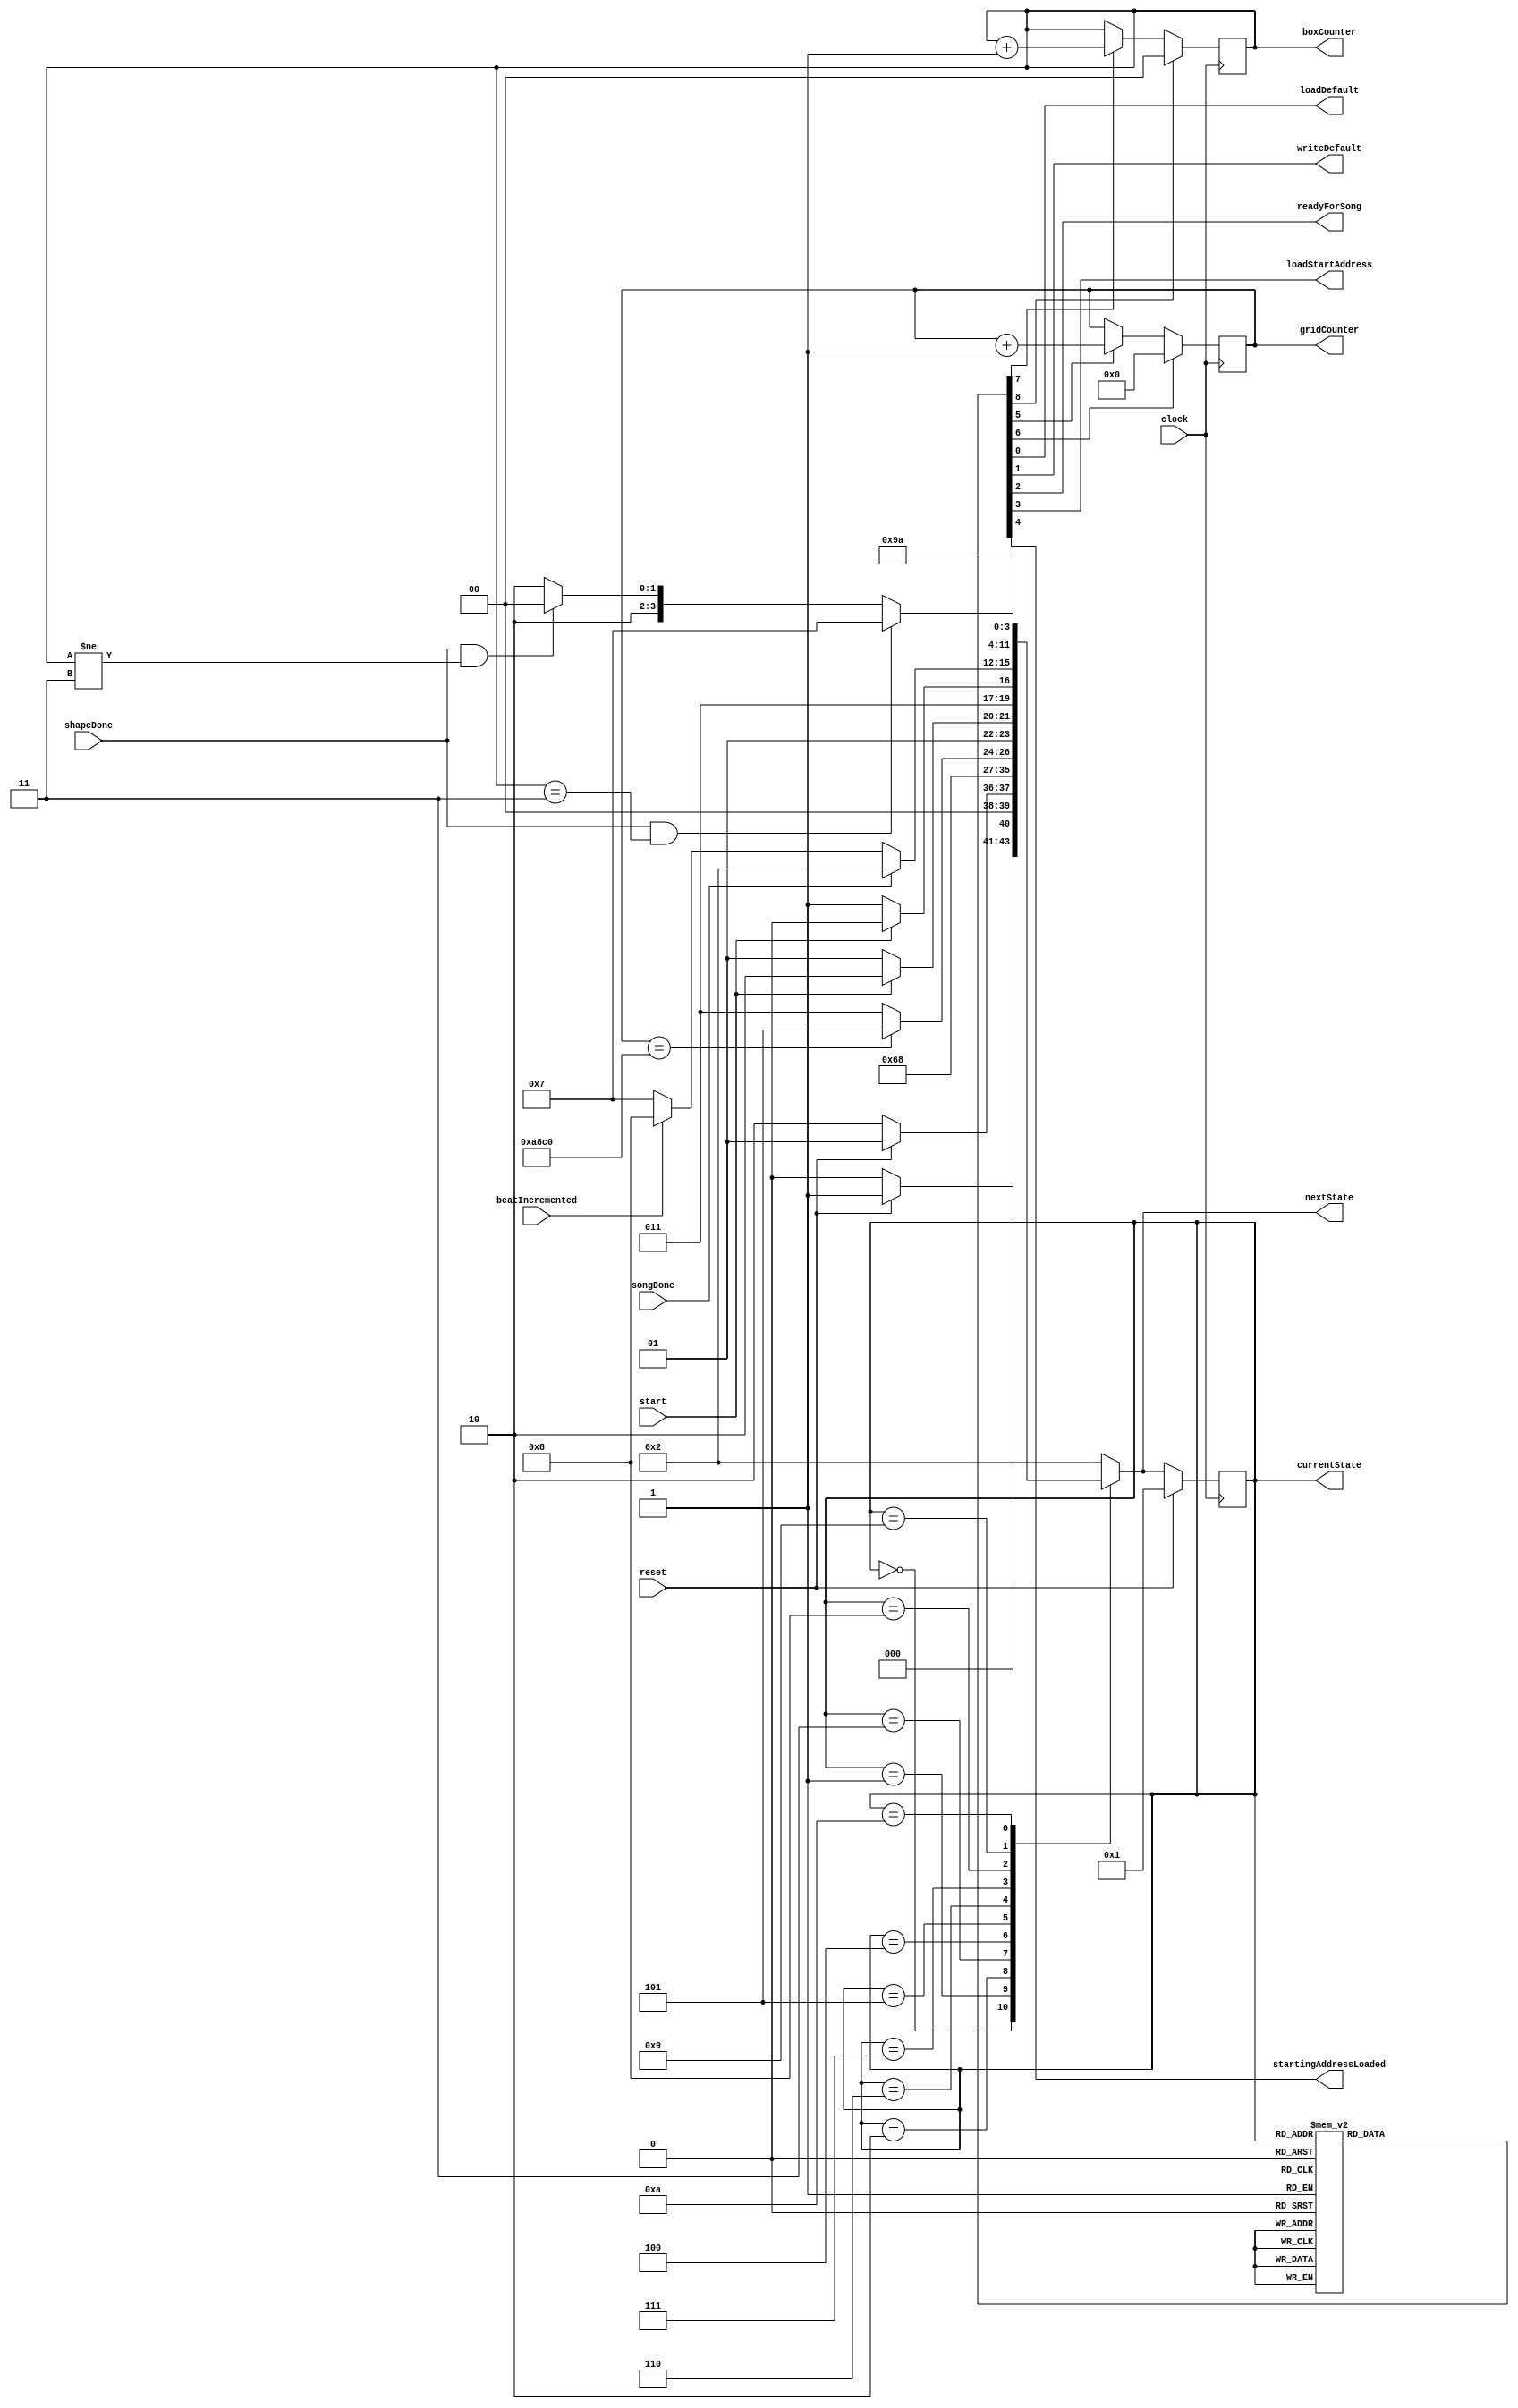
module FSM2 (clock, reset, start, beatIncremented, songDone, shapeDone, loadDefault, 
	writeDefault, readyForSong, loadStartAddress, startingAddressLoaded, gridCounter, boxCounter, currentState, nextState);

input clock;
input start;
input reset;
input beatIncremented;
input songDone;
input shapeDone;
output reg loadDefault;
output reg writeDefault;
output reg readyForSong;
output reg loadStartAddress;
output reg startingAddressLoaded;
output reg [15:0]gridCounter; //240*180 = 43200 in binary - 16 bits
output reg [1:0]boxCounter; //3 boxes - 3 in binary is 11
output reg [3:0] currentState, nextState;


//reg [3:0]currentState, nextState; //1011 = 11 in binary - 4 bits needed
reg enableGridCounter, resetGridCounter, 
	enableBoxCounter, resetBoxCounter;

localparam 	state_reset = 4'b0000,
			state_resetWait = 4'b0001,
			state_idle = 4'b0010,
			state_loadDefault = 4'b0011,
			state_writeDefault= 4'b0100,
			state_start = 4'b0101,
			state_startWait = 4'b0110,
			state_waitForSong = 4'b0111,
			state_loadBoxCoordinate = 4'b1000,
			state_drawShape = 4'b1001,
			state_waitForShape = 4'b1010;

always@(*)
	begin: state_table
	case(currentState)
		state_reset: nextState = reset ? state_resetWait : state_reset;
		state_resetWait: nextState = reset ? state_resetWait : state_idle;
		state_idle: nextState = state_loadDefault;
		state_loadDefault: nextState = state_writeDefault;
		state_writeDefault: nextState = (gridCounter == 16'd43200 /*16'd4*/) ? state_start : state_loadDefault;
		state_start: nextState = start ? state_startWait : state_start;
		state_startWait: nextState = start ? state_startWait : state_waitForSong;
		state_waitForSong: begin
			if (songDone) nextState = state_idle;
			else if (beatIncremented) nextState = state_loadBoxCoordinate;
			else nextState = state_waitForSong;
		end
		state_loadBoxCoordinate: nextState = state_drawShape;
		state_drawShape: nextState = state_waitForShape;
		state_waitForShape: begin
			if (shapeDone & boxCounter == 2'd3) nextState = state_waitForSong; //this will have to be changed in scale up
			else if (shapeDone & boxCounter != 2'd3) nextState = state_loadBoxCoordinate; //this will have to be changed in scale up
			else nextState = state_waitForShape;
		end
		default: nextState = state_idle;
	endcase
end		

always @(*)
	begin: enable_signals
		loadDefault = 1'b0;
		writeDefault = 1'b0;
		readyForSong = 1'b0;
		loadStartAddress = 1'b0;
		startingAddressLoaded = 1'b0;
		enableBoxCounter = 1'b0;
		resetBoxCounter = 1'b0;
		enableGridCounter = 1'b0;
		resetGridCounter = 1'b0;

	case (currentState)
		state_reset: begin
			//nothing
		end
		state_resetWait: begin
			//nothing
		end
		state_idle: begin
			resetGridCounter = 1'b1;
		end
		state_loadDefault: begin
			loadDefault = 1'b1;
		end
		state_writeDefault: begin
			writeDefault = 1'b1;
			enableGridCounter = 1'b1;
		end
		state_start: begin
			//nothing?
		end
		state_startWait: begin
			//nothing?
		end
		state_waitForSong: begin
			readyForSong = 1'b1;
			resetBoxCounter = 1'b1;
		end
		state_loadBoxCoordinate: begin
			loadStartAddress = 1'b1;
		end
		state_drawShape: begin
			startingAddressLoaded = 1'b1;
			enableBoxCounter = 1'b1; //is this the right place to enableBoxCounter???
			//box counter must be enables after start address is loaded, but should be in a state that is only hit once at a time

		end
		state_waitForShape: begin
			//nothing? its a wait state
		end

	endcase		
end


always @ (posedge clock) begin
	if (resetGridCounter) gridCounter = 16'd0;
	else if (enableGridCounter) gridCounter = gridCounter + 16'd1;
end

always @ (posedge clock) begin //this will have to be changed in scale up
	if (resetBoxCounter) boxCounter = 2'd0;
	else if (enableBoxCounter) boxCounter = boxCounter + 2'd1;
end

always @ (posedge clock)
begin: state_FFs
	if(reset)
		currentState <= state_resetWait; //is this needed? probably yea
	else begin
		currentState <= nextState;
	end
end


endmodule